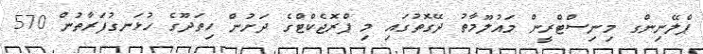
ޕްލޭނިންގ މިނިސްޓްރީން މައުލޫމާތު ދޭގޮތުގައި މި ޕްރޮޖެކްޓްގެ ދަށުން ހިތަދޫގެ ހުޅަނގުފަރާތުން 570